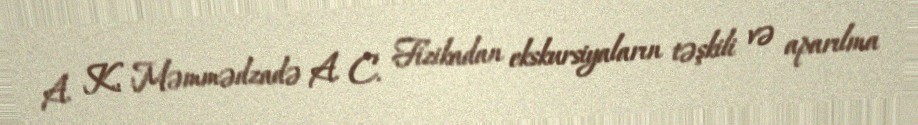
A. K., Məmmədzadə A. C. Fizikadan ekskursiyaların təşkili və aparılma